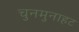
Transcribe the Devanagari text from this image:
चुनमुनाहट